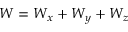
W = W _ { x } + W _ { y } + W _ { z }